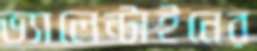
ভ্যালেন্টাইনের